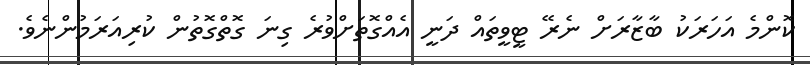
ކޮންމެ އަހަރަކު ބާޒާރަށް ނެރޭ ޓީވީތައް ދަނީ އެއްގޮތަށްވުރެ ގިނަ ގޮތްގޮތުން ކުރިއަރަމުންނެވެ.